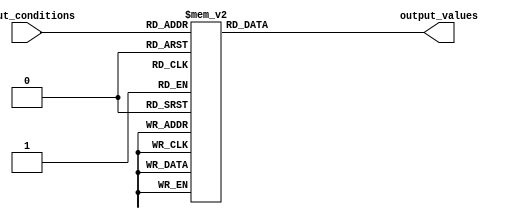
module generate_case (
    input wire [2:0] input_conditions,
    output reg [3:0] output_values
);

always @*
begin
    case (input_conditions)
        3'b000: output_values = 4'b0000;
        3'b001: output_values = 4'b0001;
        3'b010: output_values = 4'b0010;
        3'b011: output_values = 4'b0011;
        3'b100: output_values = 4'b0100;
        3'b101: output_values = 4'b0101;
        3'b110: output_values = 4'b0110;
        3'b111: output_values = 4'b0111;
    endcase
end

endmodule